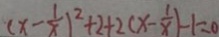
( x - \frac { 1 } { x } ) ^ { 2 } + 2 + 2 ( x - \frac { 1 } { x } ) - 1 = 0